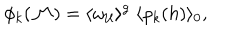
\phi _ { k } ( { \cal M } ) = \langle \omega _ { \cal U } \rangle ^ { g } \; \langle \rho _ { k } ( h ) \rangle _ { 0 } \mathrm { , }